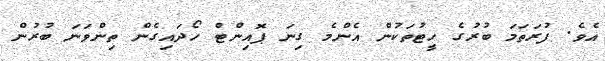
އެވެ. ފުރަތަމަ ބުރުގެ ހީޓުތަކުން އެންމެ ގިނަ ޕޮއިންޓް ހޯދައިގެން ތިންވަނަ ބުރުން